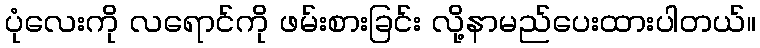
ပုံလေးကို လရောင်ကို ဖမ်းစားခြင်း လို့နာမည်ပေးထားပါတယ်။